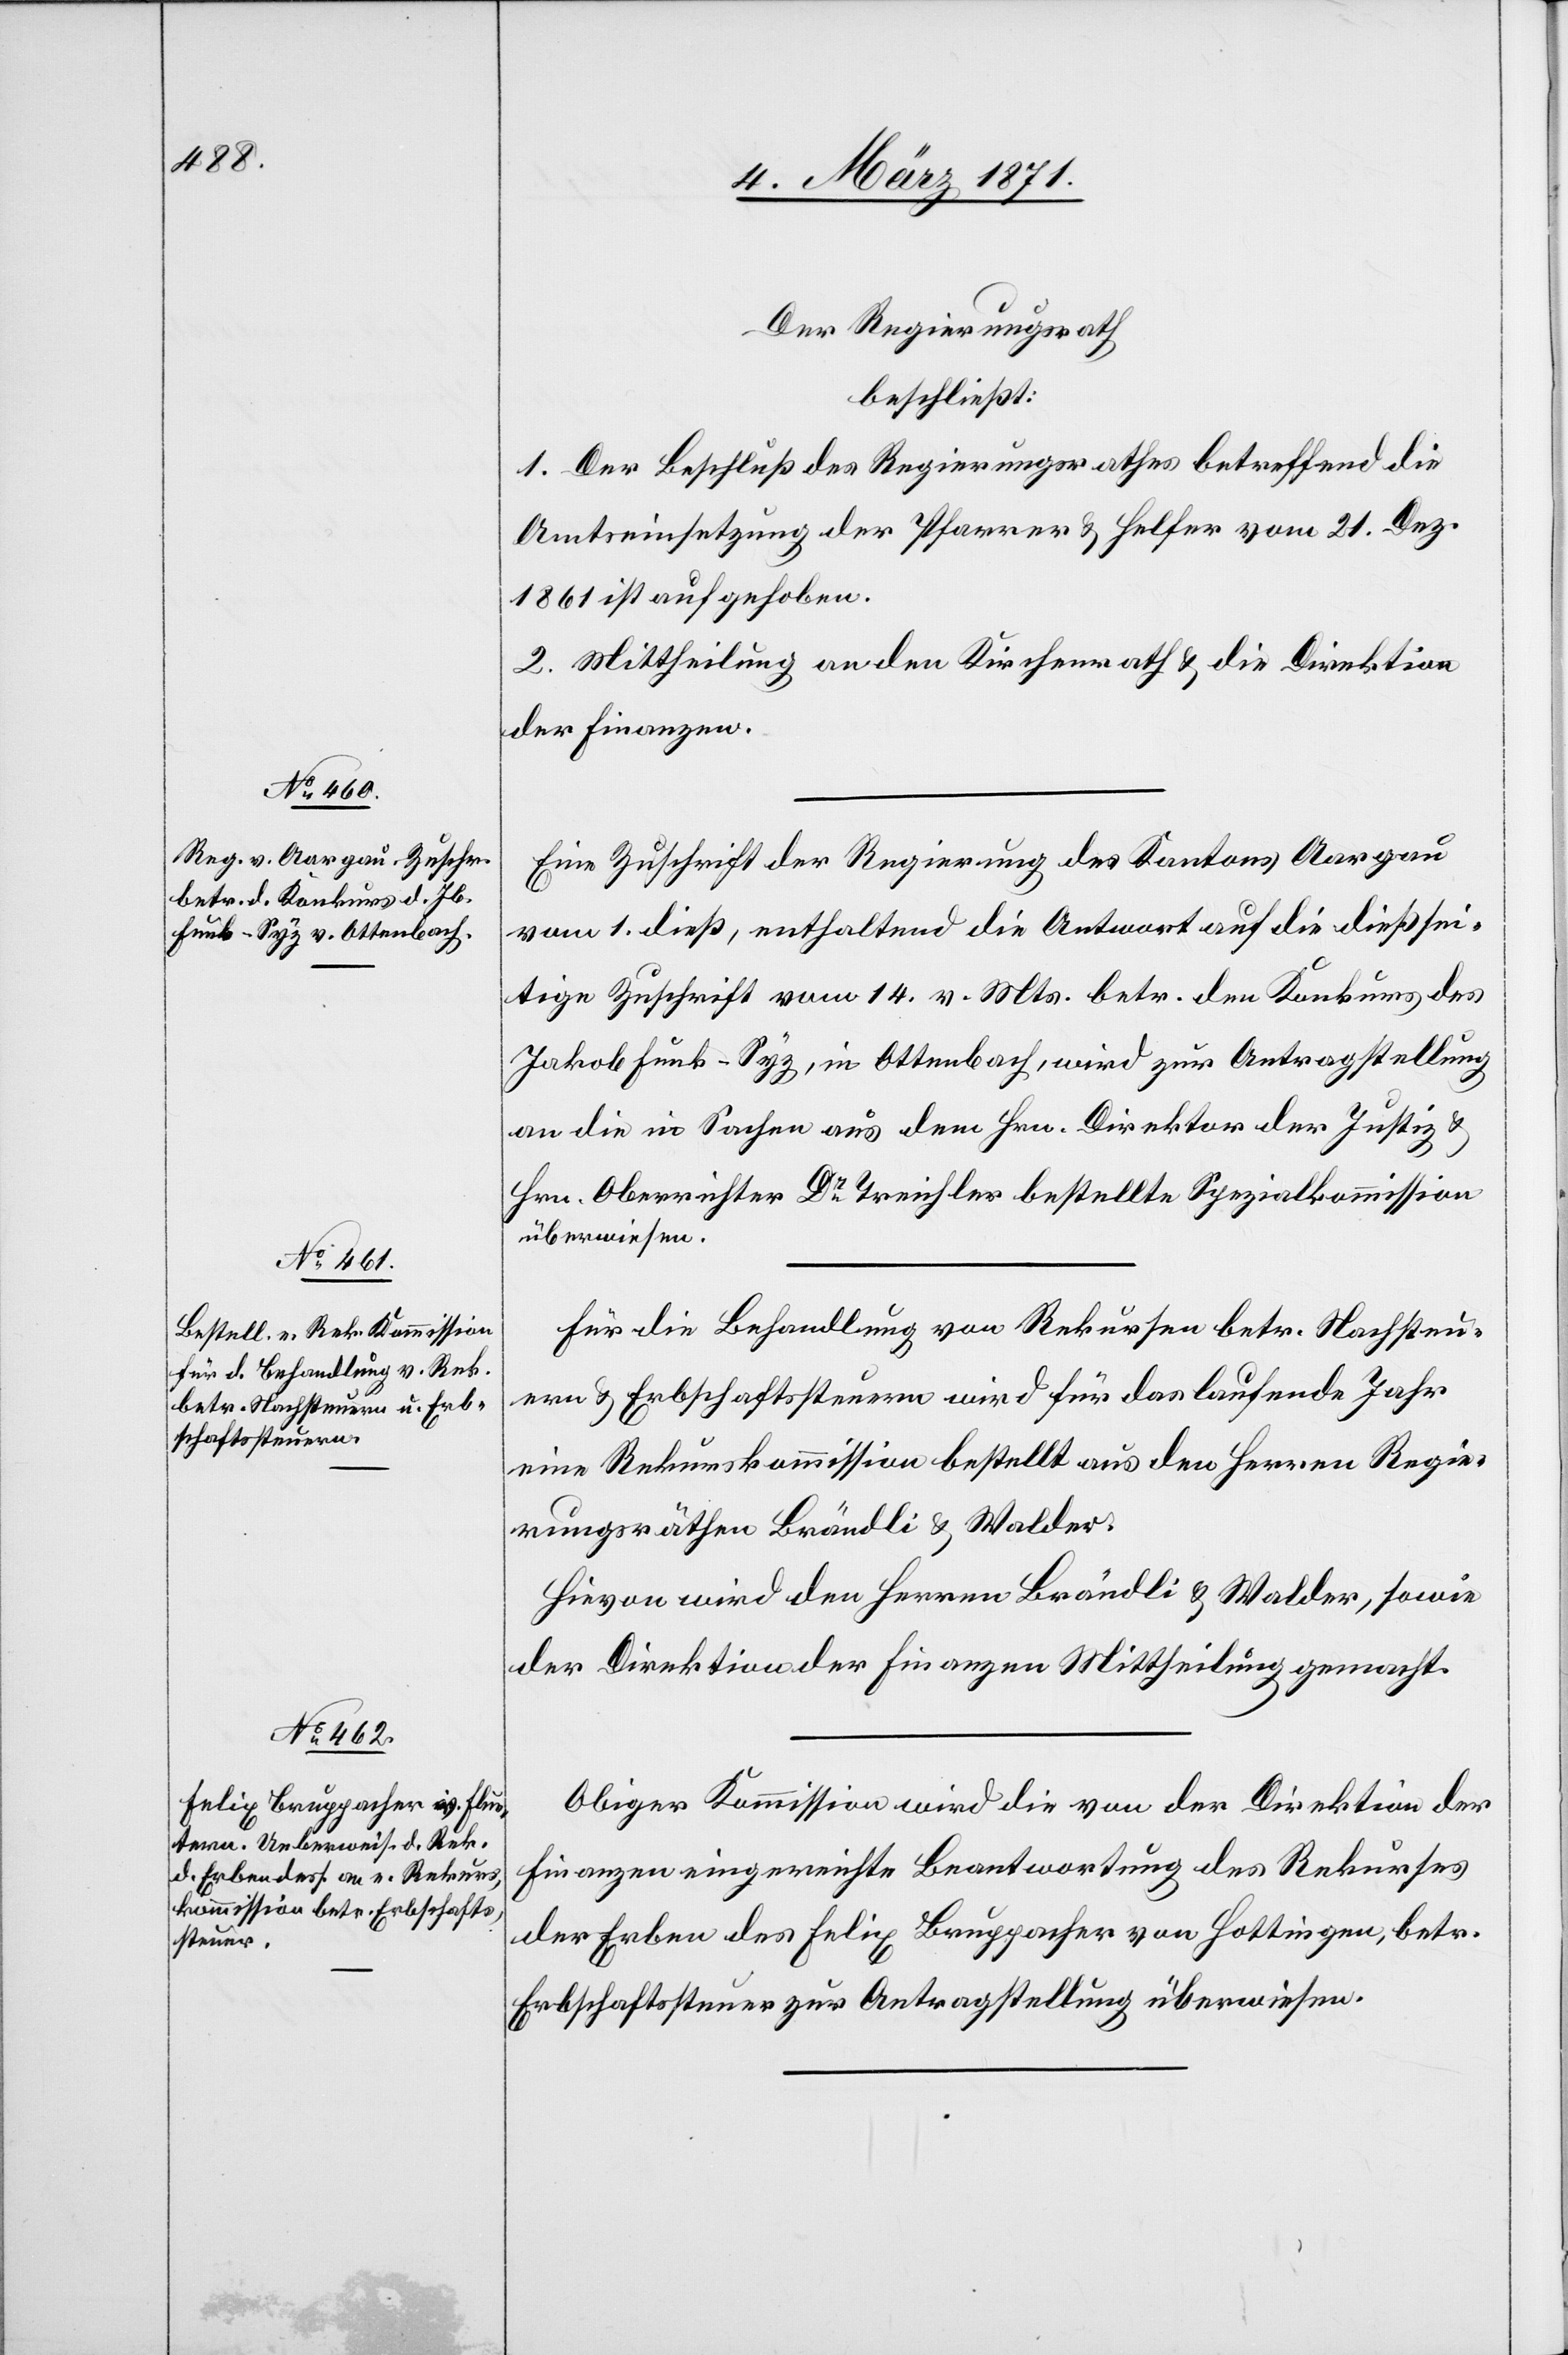
Der Regierungsrath
beschließt:
1. Der Beschluß des Regierungsrathes betreffend die
Amtseinsetzung der Pfarrer u. Helfer vom 21. Dez.
1861 ist aufgehoben.
2. Mittheilung an den Kirchenrath u. die Direktion
der Finanzen.
Eine Zuschrift der Regierung des Kantons Aargau
vom 1. dieß, enthaltend die Antwort auf die dießsei¬
tige Zuschrift vom 14. v. Mts. betr. den Konkurs des
Jakob Funk-Syz, in Ottenbach, wird zur Antragstellung
an die in Sachen aus dem Hrn. Direktor der Justiz u.
Hrn. Oberrichter Dr. Treichler bestellte Spezialkommission
überwiesen.
Für die Behandlung von Rekursen betr. Nachsteu¬
ern u. Erbschaftssteuern wird für das laufende Jahr
eine Rekurskommission bestellt aus den Herren Regie¬
rungsräthen Brändli u. Walder.
Hievon wird den Herren Brändli u. Walder, sowie
der Direktion der Finanzen Mittheilung gemacht.
Obiger Kommission wird die von der Direktion der
Finanzen eingereichte Beantwortung des Rekurses
der Erben des Felix Bruppacher von Hottingen, betr.
Erbschaftssteuer zur Antragstellung überwiesen.